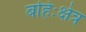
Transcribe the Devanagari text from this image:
बहिःक्षेत्र